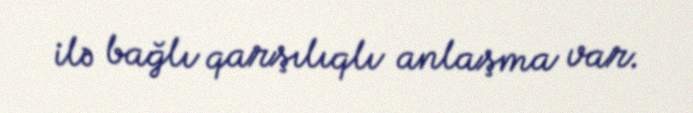
ilə bağlı qarşılıqlı anlaşma var.